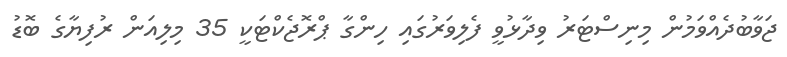
ޖަވާބުދެއްވަމުން މިނިސްޓަރު ވިދާޅުވީ ފެލިވަރުގައި ހިންގާ ޕްރޮޖެކްޓަކީ 35 މިލިއަން ރުފިޔާގެ ބޮޑު